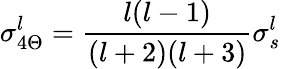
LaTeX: \sigma_{4\Theta}^{l}={\frac{l(l-1)}{(l+2)(l+3)}}\sigma_{s}^{l}